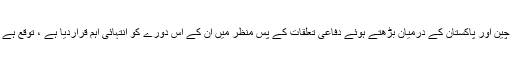
یہاں کے سرکاری ذرائع نے چین اور پاکستان کے درمیان بڑھتے ہوئے دفاعی تعلقات کے پس منظر میں ان کے اس دورے کو انتہائی اہم قراردیا ہے ، توقع ہے کہ مذاکرات کے دوران چین۔